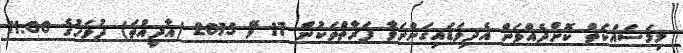
މިމަސައްކަތް ކޮށްދެއްވަން އެދިވަޑައިގަންނަވާ ފަރާތްތަކުން 17 މޭ 2015 (އާދީއްތަ) ދުވަހުގެ 11:00